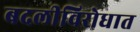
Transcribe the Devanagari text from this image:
बदलीविरोधात